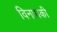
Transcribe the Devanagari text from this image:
विनायकी